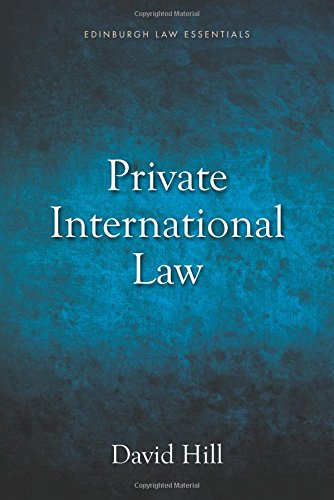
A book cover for Private International Law Essentials (THE EDINBURGH LAW ESSENTIALS EUP); David Hill; Law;